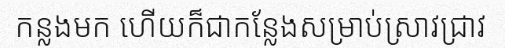
កន្លងមក ហើយក៏ជាកន្លែងសម្រាប់ស្រាវជ្រាវ